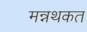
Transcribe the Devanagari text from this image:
मन्नथकत